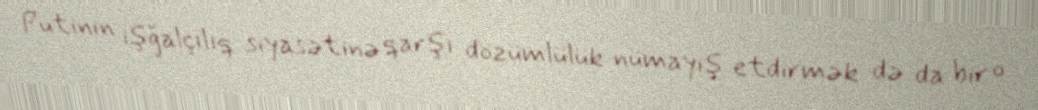
Putinin işğalçılıq siyasətinə qarşı dözümlülük nümayiş etdirmək də da bir o